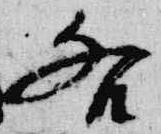
各